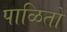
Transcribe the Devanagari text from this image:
पाळितो